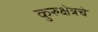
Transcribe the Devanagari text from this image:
कुरुक्षेत्रचे